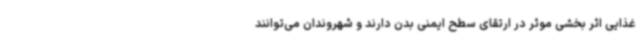
غذایی اثر بخشی موثر در ارتقای سطح ایمنی بدن دارند و شهروندان می‌توانند